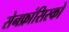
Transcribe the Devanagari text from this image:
सेनफ्रांसिस्को